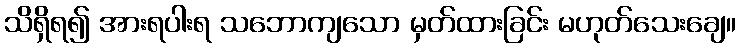
သိရှိရ၍ အားရပါးရ သဘောကျသော မှတ်ထားခြင်း မဟုတ်သေးချေ။